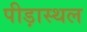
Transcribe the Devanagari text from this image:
पीड़ास्थल